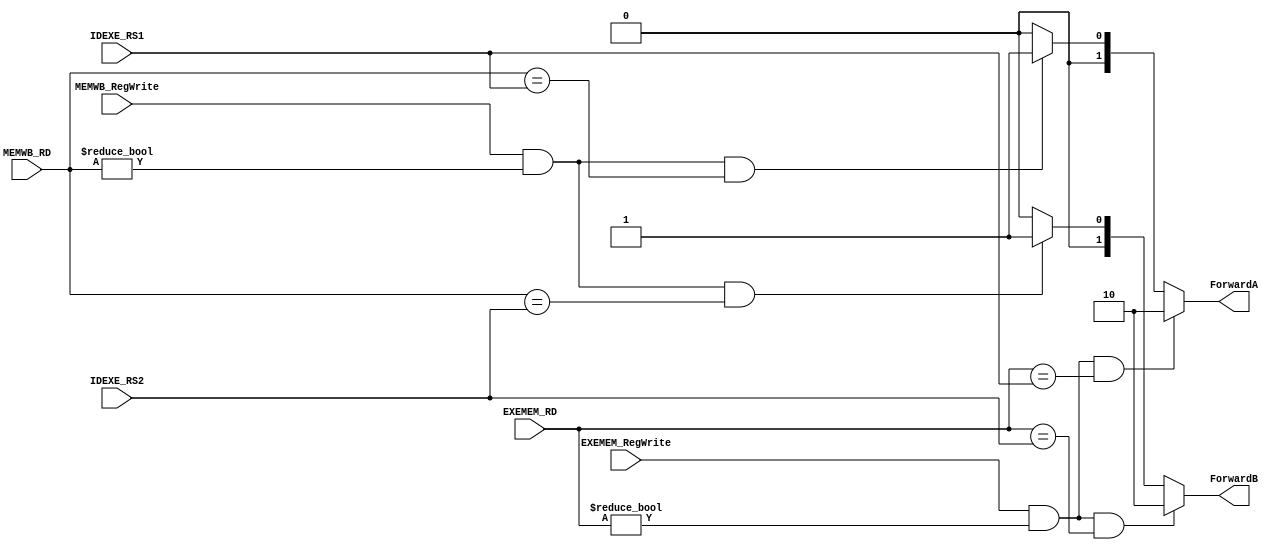
`timescale 1ns/1ps
`define SELECT_EXEMEM 2'h2
`define SELECT_IDEXE  2'h1
`define SELECT_ORIGINAL 2'h0

module ForwardingUnit (
    input [5-1:0] IDEXE_RS1,
    input [5-1:0] IDEXE_RS2,
    input [5-1:0] EXEMEM_RD,
    input [5-1:0] MEMWB_RD,
    input         EXEMEM_RegWrite,
    input         MEMWB_RegWrite,
    output reg [2-1:0] ForwardA,
    output reg [2-1:0] ForwardB
);
/* Write your code HERE */

always @(*) begin
    // EXEMEM has priority over MEMWB
    if ((EXEMEM_RegWrite) && (EXEMEM_RD != 0) && (EXEMEM_RD == IDEXE_RS1)) ForwardA = `SELECT_EXEMEM;
    else if ((MEMWB_RegWrite) && (MEMWB_RD != 0) && (MEMWB_RD == IDEXE_RS1)) ForwardA = `SELECT_IDEXE;
    else ForwardA = `SELECT_ORIGINAL;

    if ((EXEMEM_RegWrite) && (EXEMEM_RD != 0) && (EXEMEM_RD == IDEXE_RS2)) ForwardB = `SELECT_EXEMEM;
    else if ((MEMWB_RegWrite) && (MEMWB_RD != 0) && (MEMWB_RD == IDEXE_RS2)) ForwardB = `SELECT_IDEXE;
    else ForwardB = `SELECT_ORIGINAL;
end

endmodule